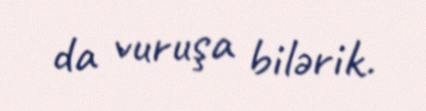
da vuruşa bilərik.